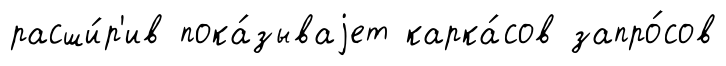
расши́р'ив пока́зываjет карка́сов запро́сов